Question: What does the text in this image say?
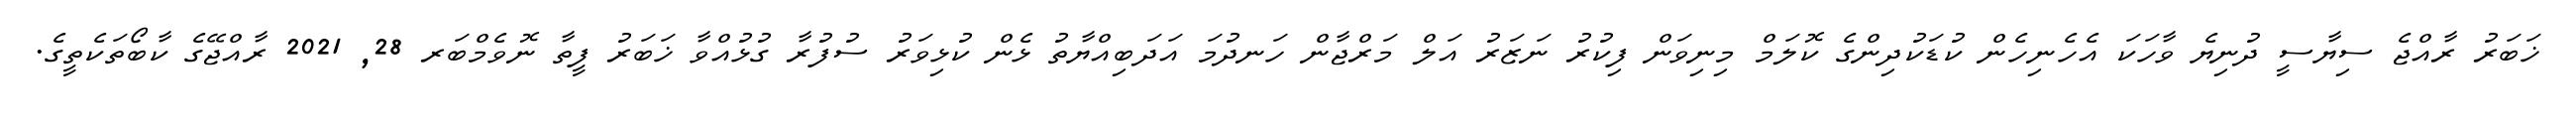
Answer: ޚަބަރު ރާއްޖެ ސިޔާސީ ދުނިޔެ ވާހަކަ އެހެނިހެން ކުޑަކުދިންގެ ކޮލަމް މިނިވަން ފިކުރު ނަޒަރު އަލް މަރްޖާން ހަނދުމަ އަދަބިއްޔާތު ޅެން ކުޅިވަރު ސުފުރާ ގުޅުއްވާ ޚަބަރު ފީތާ ނޮވެމްބަރ 28, 2021 ރާއްޖޭގެ ކާބޯތަކެތީގެ.